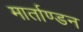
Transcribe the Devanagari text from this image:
मार्ताण्डन